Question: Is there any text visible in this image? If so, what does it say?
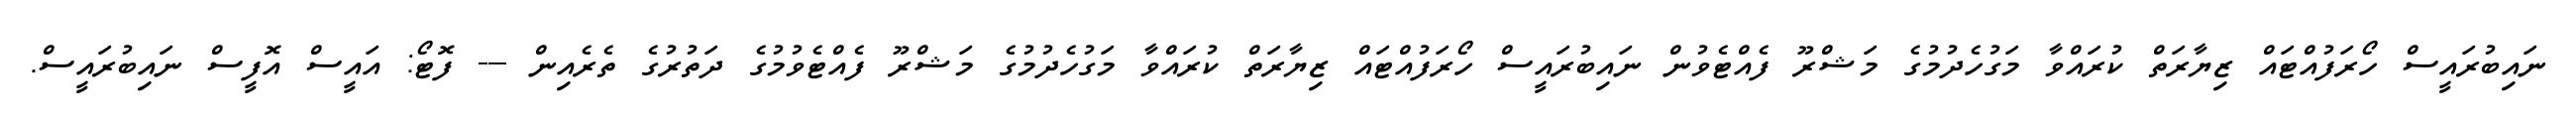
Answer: ނައިބުރައީސް ހޯރަފުއްޓައް ޒިޔާރަތް ކުރައްވާ މަގުހެދުމުގެ މަޝްރޫ ފެއްޓެވުން ނައިބުރައީސް ހޯރަފުއްޓައް ޒިޔާރަތް ކުރައްވާ މަގުހެދުމުގެ މަޝްރޫ ފެއްޓެވުމުގެ ދަތުރުގެ ތެރެއިން --- ފޮޓޯ: އައީސް އޮފީސް ނައިބުރައީސް.